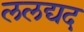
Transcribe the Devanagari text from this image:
ललद्यद